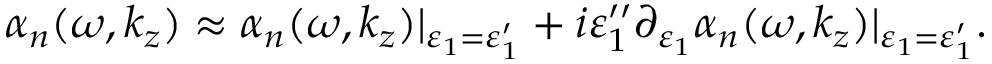
\alpha _ { n } ( \omega , k _ { z } ) \approx \alpha _ { n } ( \omega , k _ { z } ) | _ { \varepsilon _ { 1 } = \varepsilon _ { 1 } ^ { \prime } } + i \varepsilon _ { 1 } ^ { \prime \prime } \partial _ { \varepsilon _ { 1 } } \alpha _ { n } ( \omega , k _ { z } ) | _ { \varepsilon _ { 1 } = \varepsilon _ { 1 } ^ { \prime } } .